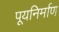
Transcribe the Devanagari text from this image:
पूयनिर्माण